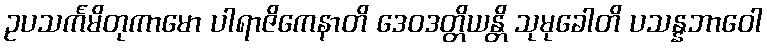
ဥပသင်္ကမိတုကာမော ပါရာဇိကေနာတိ ဒေဝဒတ္တိယန္တိ သုမုခေါတိ ပသန္နဘာဝေါ